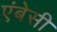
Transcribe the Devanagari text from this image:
एंबेसी